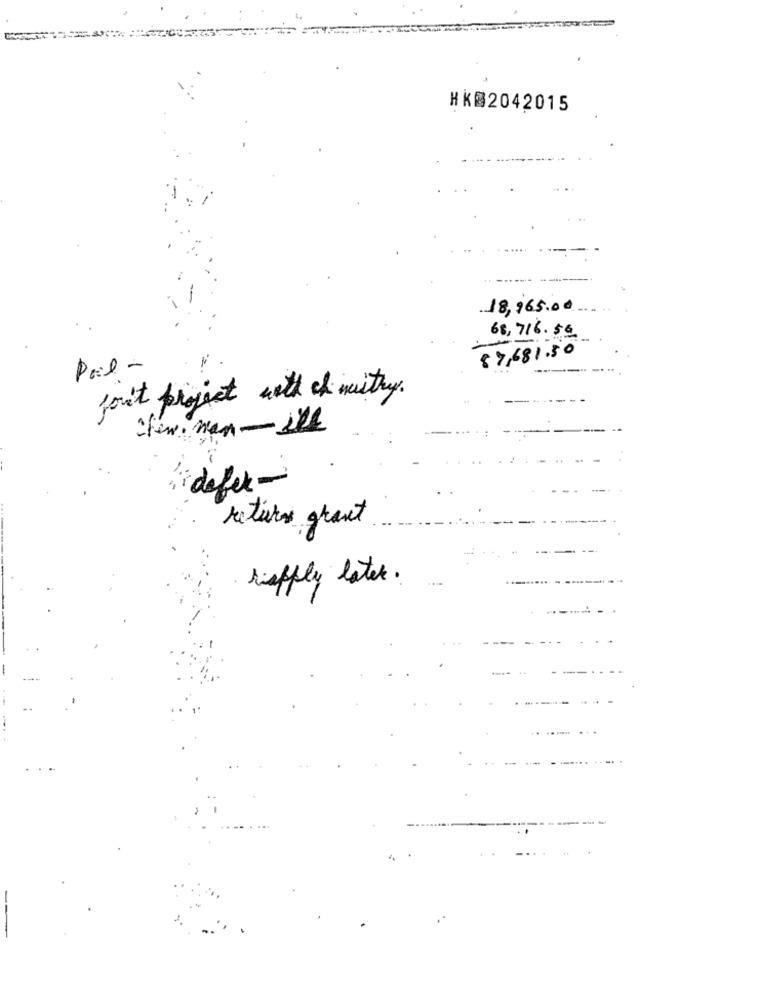
HK@2042015
18,965.00
68,716.56
87,681.50
Poil-
fout project with it musthy.
---
"few. man - i'll
defer -
ratures grant
riapply later .